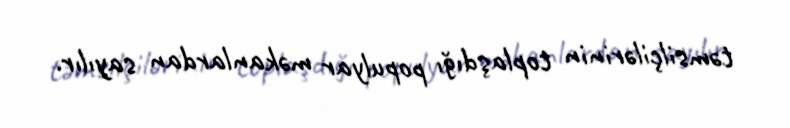
təmsilçilərinin toplaşdığı populyar məkanlardan sayılır.